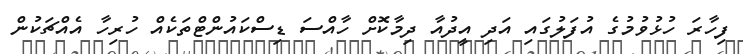
ފިހާރަ ހުޅުވުމުގެ އުފަލުގައި އަދި އީދުއާ ދިމާކޮށް ހާއްސަ ޑިސްކައުންޓްތަކެއް ހުރިހާ އެއްޗަކުން